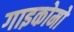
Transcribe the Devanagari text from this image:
गाइकोमो